Vaccination in Bombay 1856-1862 - 1856-1862
Year: 1856
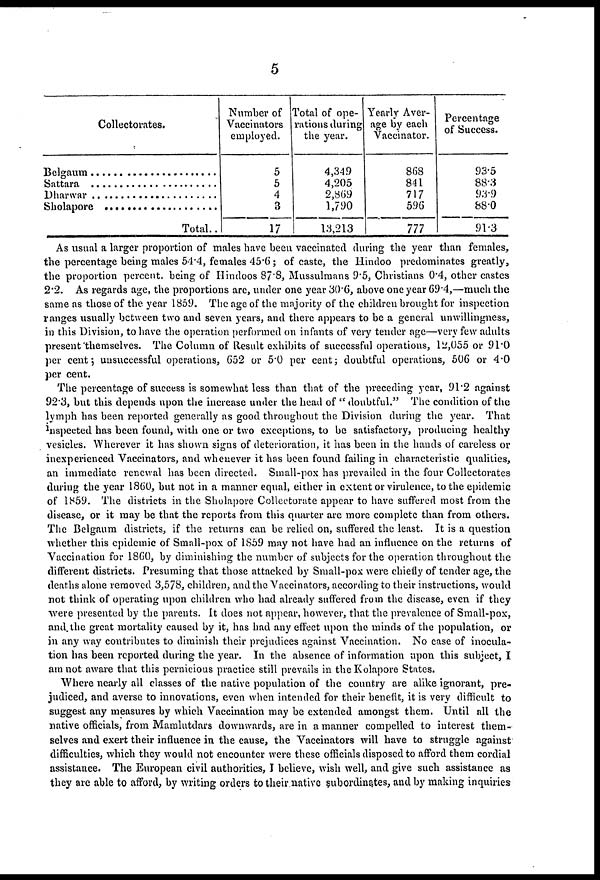
5
Collectorates.
Belgaum . . . . . . .
Sattara . . . . . . .
Dharwar . . . . . .
Sholapore . . . . .
Total..
Number of
Vaccinators
employed.
5
5
4
3
17
Total of ope-
rations during
the year.
4,349
4,205
2,869
1,790
13,213
Yearly Aver-
age by each
Vaccinator.
868
841
717
596
777
Percentage
of Success.
93.5
88.3
93.9
88.0
91.3
As usual a larger proportion of males have been vaccinated during the year than females,
the percentage being males 54.4, females 45.6; of caste, the Hindoo predominates greatly,
the proportion percent. being of Hindoos 87.8, Mussulmans 9.5, Christians 0.4, other castes
2.2. As regards age, the proportions are, under one year 30.6, above one year 69.4,—much the
same as those of the year 1859. The age of the majority of the children brought for inspection
ranges usually between two and seven years, and there appears to be a general unwillingness,
in this Division, to have the operation performed on infants of very tender age—very few adults
present themselves. The Column of Result exhibits of successful operations, 12,055 or 91.0
per cent; unsuccessful operations, 652 or 5.0 per cent; doubtful operations, 506 or 4.0
per cent.
The percentage of success is somewhat less than that of the preceding year, 91.2 against
92.3, but this depends upon the increase under the head of " doubtful." The condition of the
lymph has been reported generally as good throughout the Division during the year. That
inspected has been found, with one or two exceptions, to be satisfactory, producing healthy
vesicles. Wherever it has shown signs of deterioration, it has been in the hands of careless or
inexperienced Vaccinators, and whenever it has been found failing in characteristic qualities,
an immediate renewal has been directed. Small-pox has prevailed in the four Collectorates
during the year 1860, but not in a manner equal, either in extent or virulence, to the epidemic
of 1859. The districts in the Sholapore Collectorate appear to have suffered most from the
disease, or it may be that the reports from this quarter are more complete than from others.
The Belgaum districts, if the returns can be relied on, suffered the least. It is a question
whether this epidemic of Small-pox of 1859 may not have had an influence on the returns of
Vaccination for 1860, by diminishing the number of subjects for the operation throughout the
different districts. Presuming that those attacked by Small-pox were chiefly of tender age, the
deaths alone removed 3,578, children, and the Vaccinators, according to their instructions, would
not think of operating upon children who had already suffered from the disease, even if they
were presented by the parents. It does not appear, however, that the prevalence of Small-pox,
and the great mortality caused by it, has had any effect upon the minds of the population, or
in any way contributes to diminish their prejudices against Vaccination. No case of inocula-
tion has been reported during the year. In the absence of information upon this subject, I
am not aware that this pernicious practice still prevails in the Kolapore States.
Where nearly all classes of the native population of the country are alike ignorant, pre-
judiced, and averse to innovations, even when intended for their benefit, it is very difficult to
suggest any measures by which Vaccination may be extended amongst them. Until all the
native officials, from Mamlutdars downwards, are in a manner compelled to interest them-
selves and exert their influence in the cause, the Vaccinators will have to struggle against
difficulties, which they would not encounter were these officials disposed to afford them cordial
assistance. The European civil authorities, I believe, wish well, and give such assistance as
they are able to afford, by writing orders to their native subordinates, and by making inquiries